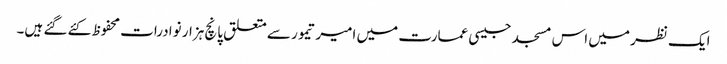
ایک نظر میں اس مسجد جیسی عمارت میں امیر تیمور سے متعلق پانچ ہزار نوادرات محفوظ کئے گئے ہیں۔